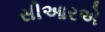
સીઆરએ